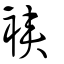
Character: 裌